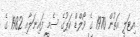
އިޓަލީ އަތުން 1970 ގެ ވޯލްޑް ކަޕުގެ ސެމީ ފައިނަލާއި 1982 ގެ